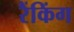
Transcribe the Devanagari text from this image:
रैंकिंग